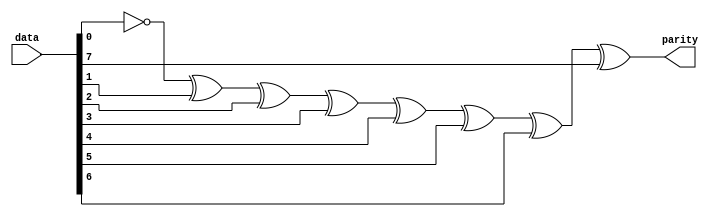
module odd_parity(
  input [7:0] data,
  output reg parity
);
integer i;

  always @(*) begin
    parity = 1'b1;
    for (i = 0; i<8;i=i+1)
      parity = parity ^data[i];
  end
    

endmodule